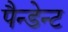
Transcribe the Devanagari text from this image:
पैन्डेन्ट